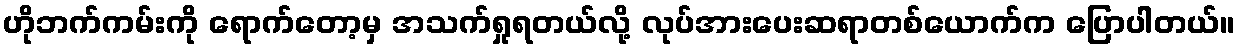
ဟိုဘက်ကမ်းကို ရောက်တော့မှ အသက်ရှုရတယ်လို့ လုပ်အားပေးဆရာတစ်ယောက်က ပြောပါတယ်။